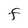
Character: F